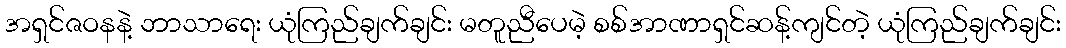
အရှင်ဇဝနနဲ့ ဘာသာရေး ယုံကြည်ချက်ချင်း မတူညီပေမဲ့ စစ်အာဏာရှင်ဆန့်ကျင်တဲ့ ယုံကြည်ချက်ချင်း